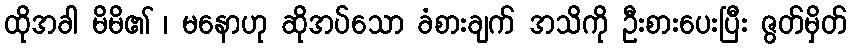
ထိုအခါ မိမိ၏ ၊ မနောဟု ဆိုအပ်သော ခံစားချက် အသိကို ဦးစားပေးပြီး ဇွတ်မှိတ်